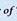
of